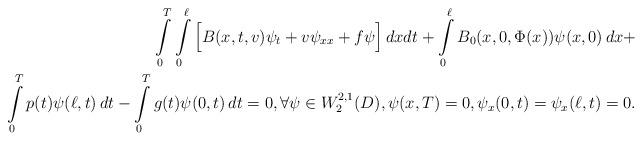
LaTeX: \begin{align*}\int\limits_0^T\int\limits_0^{\ell}\Big[B(x,t,v)\psi_t+v\psi_{xx}+f\psi\Big]\,dxdt + \int\limits_0^{\ell}B_0(x,0,\Phi(x))\psi(x,0)\,dx + \\ \int\limits_0^Tp(t)\psi(\ell,t)\,dt-\int\limits_0^Tg(t)\psi(0,t)\,dt=0, \forall \psi\in W_2^{2,1}(D), \psi(x,T)=0, \psi_x(0,t)=\psi_x(\ell,t)=0. \end{align*}